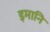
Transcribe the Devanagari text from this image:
इमानि